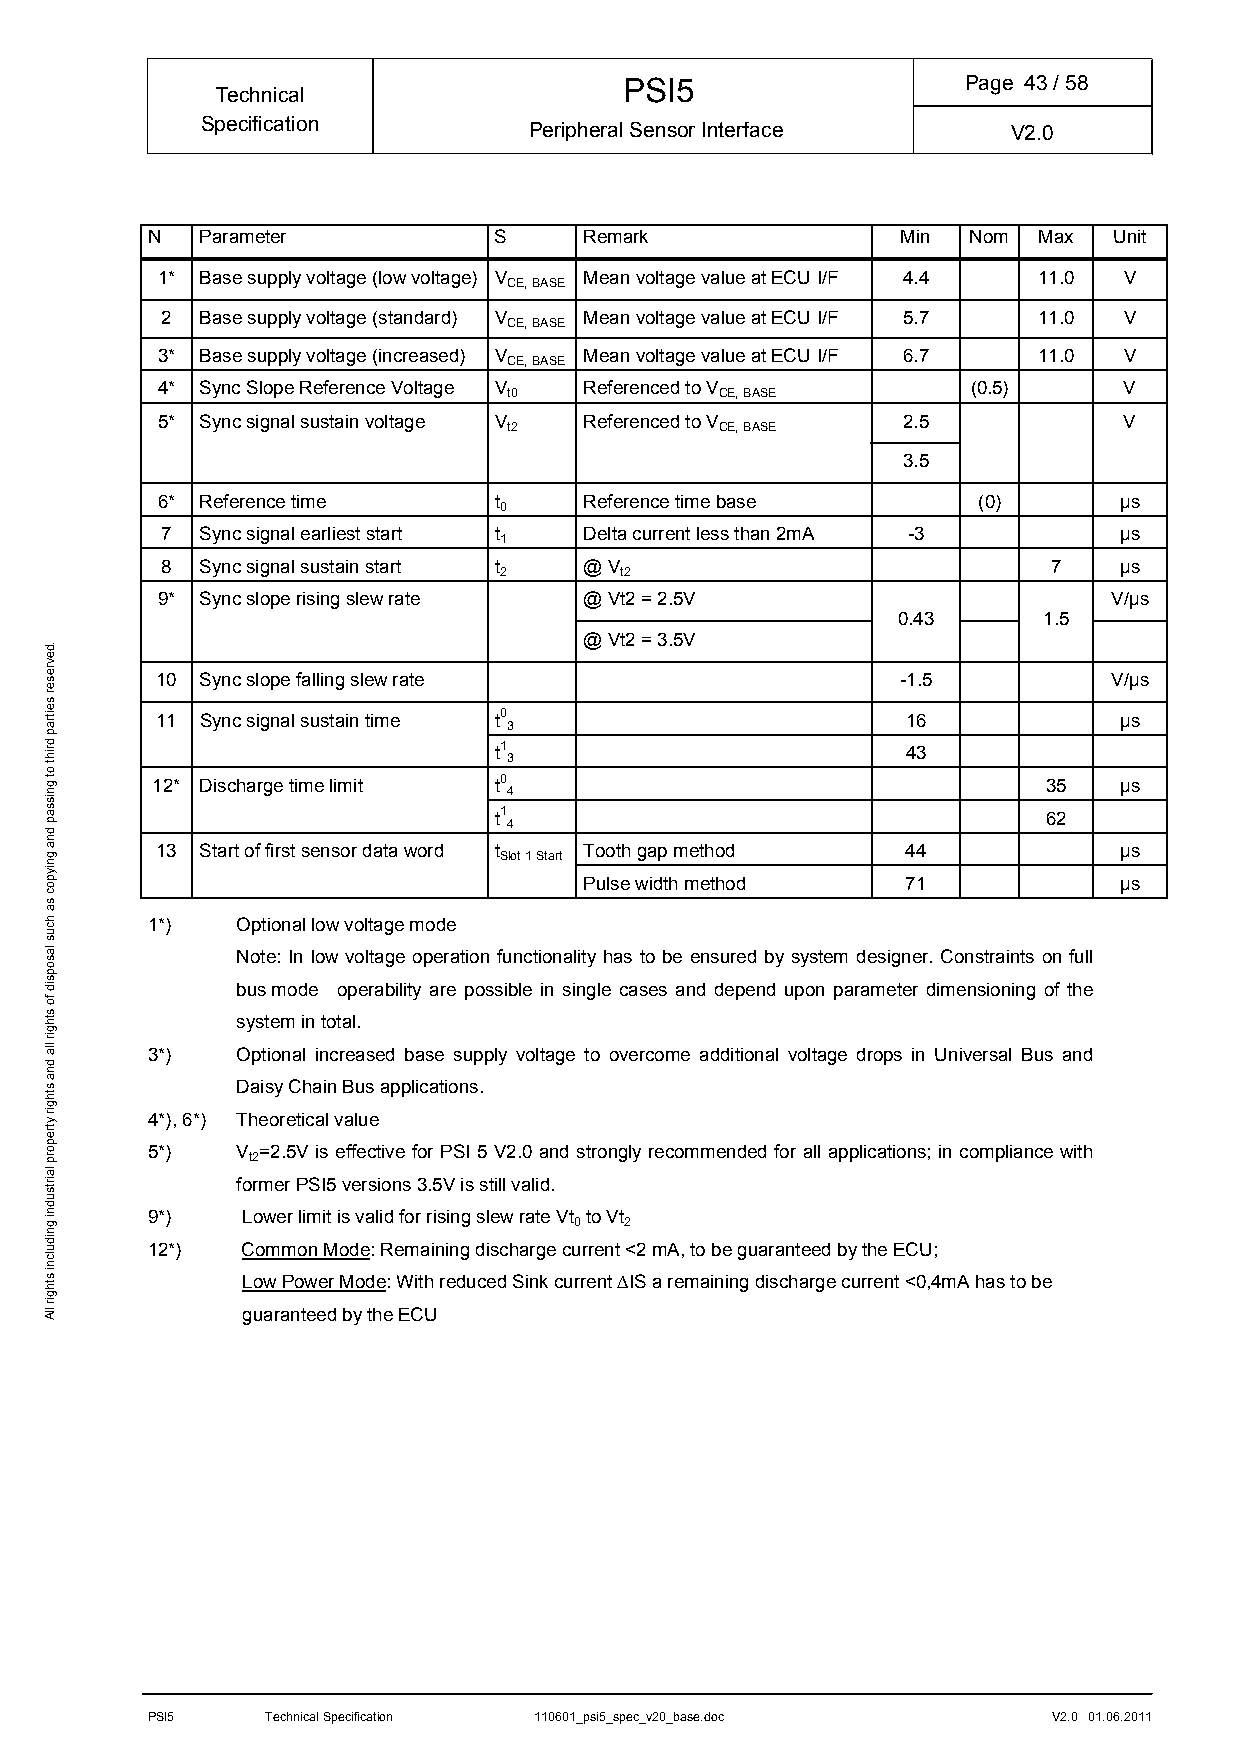
PSI5                   Page 43/ 58
 Technical
 Specification         Peripheral Sensor Interface     V2.0
 N  Parameter           S     Remark               Min Nom  Max  Unit
 1* Base supply voltage (low voltage) V Mean voltage value at ECU I/F 4.4 11.0 V
 CE, BASE
 2 Base supply voltage (standard) V Mean voltage value at ECU I/F 5.7 11.0 V
 CE, BASE
 3* Base supply voltage (increased) V Mean voltage value at ECU I/F 6.7 11.0 V
 CE, BASE
 4* Sync Slope Reference Voltage V Referenced to V     (0.5)     V
 t0            CE, BASE
 5* Sync signal sustain voltage V Referenced to V  2.5           V
 t2            CE, BASE
 3.5
 6* Reference time      t     Reference time base       (0)      µs
 0
 7 Sync signal earliest start t Delta current less than 2mA -3  µs
 1
 8 Sync signal sustain start t @ V                          7   µs
 2       t2
 9* Sync slope rising slew rate @ Vt2 = 2.5V                     V/µs
 0.43      1.5
 @ Vt2 = 3.5V
 10 Sync slope falling slew rate                   -1.5          V/µs
 11 Sync signal sustain time t0                    16            µs
 3
 t1                         43
 3
 12* Discharge time limit t0                                35   µs 4
 t1                                  62
 4
 13 Start of first sensor data word t Tooth gap method 44        µs
 Slot 1 Start
 Pulse width method   71            µs
 1*)   Optional low voltage mode
 Note: In low voltage operation functionality has to be ensured by system designer. Constraints on full
 bus mode operability are possible in single cases and depend upon parameter dimensioning of the
 system in total.
 3*)   Optional increased base supply voltage to overcome additional voltage drops in Universal Bus and
 Daisy Chain Bus applications.
 4*), 6*) Theoretical value
 5*)   V =2.5V is effective for PSI 5 V2.0 and strongly recommended for all applications; in compliance with
 t2
 former PSI5 versions 3.5V is still valid.
 9*)   Lower limit is valid for rising slew rate Vt to Vt
 0  2
 12*)  Common Mode: Remaining discharge current <2 mA, to be guaranteed by the ECU;
 Low Power Mode: With reduced Sink current ∆IS a remaining discharge current <0,4mA has to be
 guaranteed by the ECU
 PSI5    Technical Specification 110601_psi5_spec_v20_base.doc V2.0 01.06.2011
 .devreser
 seitrap
 driht
 ot
 gnissap
 dna
 gniypoc
 sa
 hcus
 lasopsid
 fo
 sthgir
 lla
 dna
 sthgir
 ytreporp
 lairtsudni
 gnidulcni
 sthgir
 llA